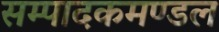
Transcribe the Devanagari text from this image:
सम्पादकमण्डल